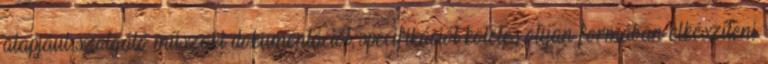
alapjául szolgáló műszaki dokumentációt, specifikációt köteles olyan formában elkészíteni